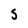
Character: S